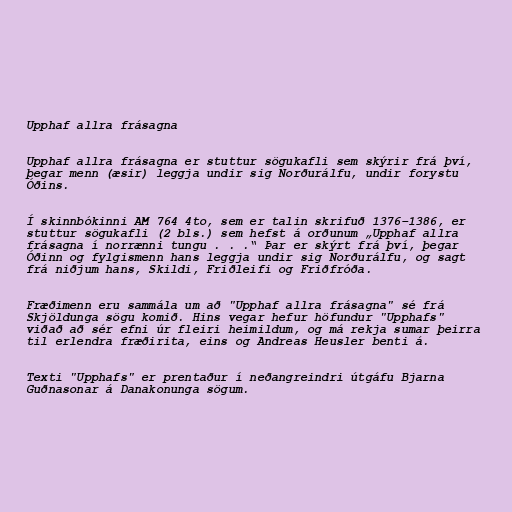
Upphaf allra frásagna

Upphaf allra frásagna er stuttur sögukafli sem skýrir frá því,
þegar menn (æsir) leggja undir sig Norðurálfu, undir forystu
Óðins.

Í skinnbókinni AM 764 4to, sem er talin skrifuð 1376–1386, er
stuttur sögukafli (2 bls.) sem hefst á orðunum „Upphaf allra
frásagna í norrænni tungu . . .“ Þar er skýrt frá því, þegar
Óðinn og fylgismenn hans leggja undir sig Norðurálfu, og sagt
frá niðjum hans, Skildi, Friðleifi og Friðfróða.

Fræðimenn eru sammála um að "Upphaf allra frásagna" sé frá
Skjöldunga sögu komið. Hins vegar hefur höfundur "Upphafs"
viðað að sér efni úr fleiri heimildum, og má rekja sumar þeirra
til erlendra fræðirita, eins og Andreas Heusler benti á.

Texti "Upphafs" er prentaður í neðangreindri útgáfu Bjarna
Guðnasonar á Danakonunga sögum.